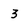
Character: 3